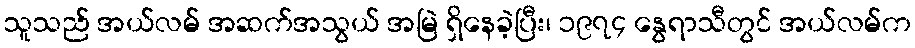
သူသည် အယ်လမ် အဆက်အသွယ် အမြဲ ရှိနေခဲ့ပြီး၊ ၁၉၇၄ နွေရာသီတွင် အယ်လမ်က